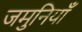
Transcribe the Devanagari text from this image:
जमुनियाँ